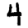
Digit: 4